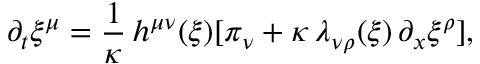
\partial _ { t } \xi ^ { \mu } = \frac { 1 } { \kappa } \, h ^ { \mu \nu } ( \xi ) [ \pi _ { \nu } + \kappa \, \lambda _ { \nu \rho } ( \xi ) \, \partial _ { x } \xi ^ { \rho } ] ,